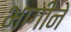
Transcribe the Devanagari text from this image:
भागीने